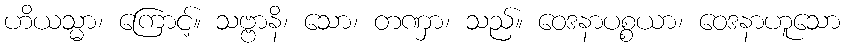
ဟိယသ္မာ၊ ကြောင့်။ သဗ္ဗာနိ၊ သော၊ တဏှာ၊ သည်။ ဝေဒနာပစ္စယာ၊ ဝေဒနာဟူသော